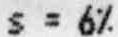
S = 6%